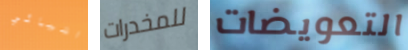
اشيائي للمخدرات التعويضات